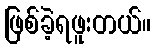
ဖြစ်ခဲ့ရဖူးတယ်။